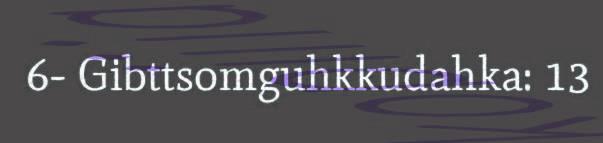
6- Gibttsomguhkkudahka: 13